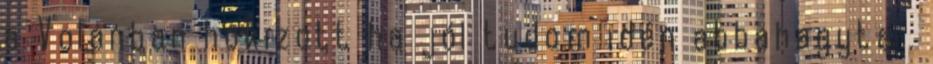
a Volánban hokizott ha jól tudom idén abbahagyta .